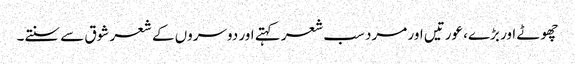
چھوٹے اور بڑے، عورتیں اور مرد سب شعر کہتے اور دوسروں کے شعر شوق سے سنتے۔